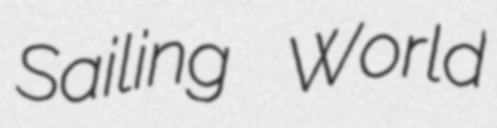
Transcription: Sailing World